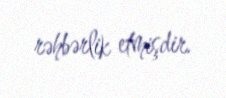
rəhbərlik etmişdir.